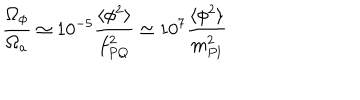
LaTeX: \frac { \Omega _ { \phi } } { \Omega _ { a } } \simeq 1 0 ^ { - 5 } \frac { \langle \phi ^ { 2 } \rangle } { f _ { P Q } ^ { 2 } } \simeq 1 0 ^ { 7 } \frac { \langle \phi ^ { 2 } \rangle } { m _ { P l } ^ { 2 } }